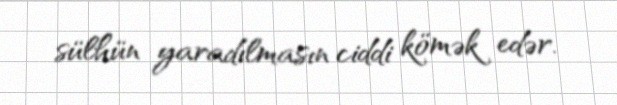
sülhün yaradılmasın ciddi kömək edər.